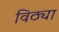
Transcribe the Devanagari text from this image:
विठ्या